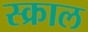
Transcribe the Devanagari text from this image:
स्क्राल